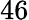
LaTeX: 46